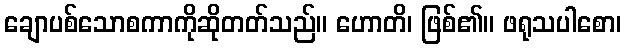
ချောပစ်သောစကာကိုဆိုတတ်သည်။ ဟောတိ၊ ဖြစ်၏။ ဖရုသပါစော၊